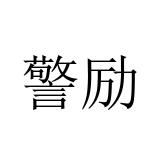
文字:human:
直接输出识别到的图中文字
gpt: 警励